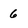
Character: 6